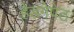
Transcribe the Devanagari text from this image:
हेडगेपेठ